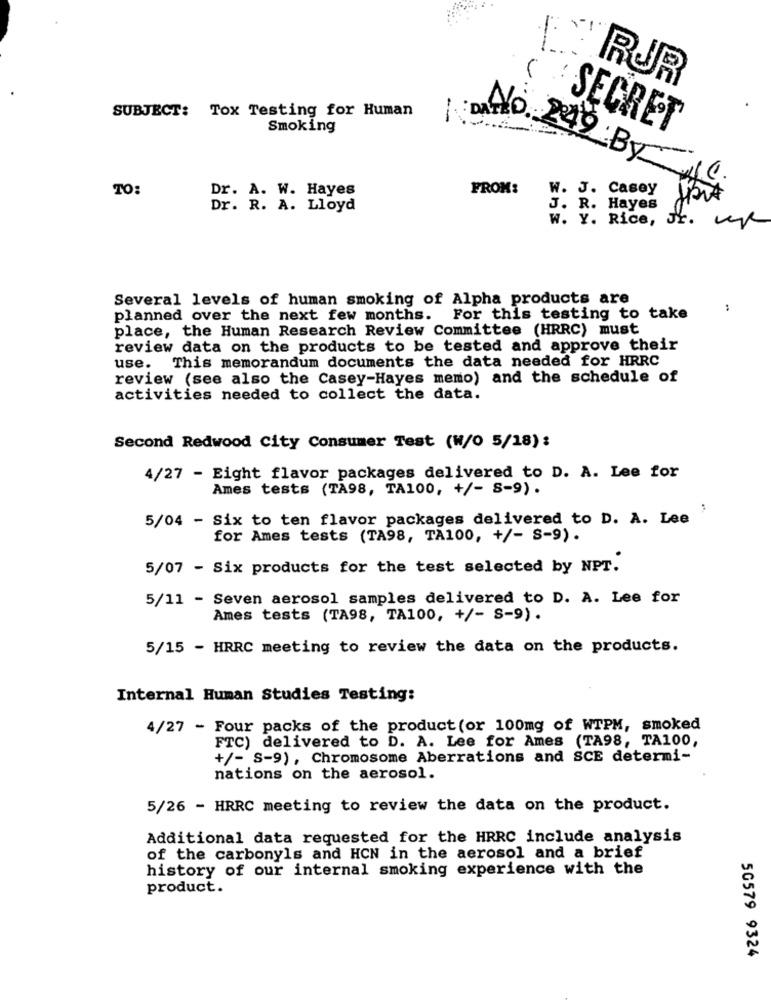
ERJR
SUBJECT: Tox Testing for Human
Smoking
SECRET
TO:
Dr. A. W. Hayes
LI DANO. 249 BY -.
FROM:
W. J. Casey
Dr. R. A. Lloyd
J. R. Hayes
W. Y. Rice, Jr. UR
Several levels of human smoking of Alpha products are
planned over the next few months. For this testing to take
place, the Human Research Review Committee (HRRC) must
review data on the products to be tested and approve their
use. This memorandum documents the data needed for HRRC
review (see also the Casey-Hayes memo) and the schedule of
activities needed to collect the data.
Second Redwood City Consumer Test (W/0 5/18):
4/27 - Eight flavor packages delivered to D. A. Lee for
Ames tests (TA98, TA100, +/- S-9).
5/04 - Six to ten flavor packages delivered to D. A. Lee
for Ames tests (TA98, TA100, +/- S-9).
5/07 - Six products for the test selected by NPT.
5/11 - Seven aerosol samples delivered to D. A. Lee for
Ames tests (TA98, TA100, +/- S-9).
5/15 - HRRC meeting to review the data on the products.
Internal Human Studies Testing:
4/27 - Four packs of the product (or 100mg of WTPM, smoked
FTC) delivered to D. A. Lee for Ames (TA98, TA100,
+/- S-9), Chromosome Aberrations and SCE determi-
nations on the aerosol.
5/26 - HRRC meeting to review the data on the product.
Additional data requested for the HRRC include analysis
of the carbonyls and HCN in the aerosol and a brief
history of our internal smoking experience with the
product.
50579 9324